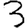
Digit: 3